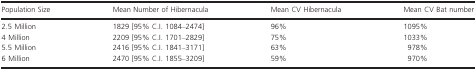
| Population Size | Mean Number of Hibernacula | Mean CV Hibernacula | Mean CV Bat number |
 | --- | --- | --- | --- |
 | 2.5 Million | 1829 [95% C.I. 1084–2474] | 96% | 1095% |
 | 4 Million | 2209 [95% C.I. 1701–2829] | 75% | 1033% |
 | 5.5 Million | 2416 [95% C.I. 1841–3171] | 63% | 978% |
 | 6 Million | 2470 [95% C.I. 1855–3209] | 59% | 970% |